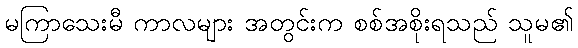
မကြာသေးမီ ကာလများ အတွင်းက စစ်အစိုးရသည် သူမ၏